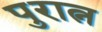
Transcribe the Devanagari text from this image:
पुरात्न